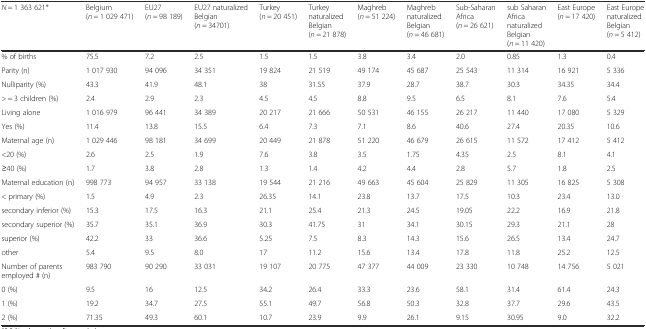
<table><thead><tr><td><b><i>N</i> = 1 363 621*</b></td><td><b>Belgium (<i>n</i> = 1 029 471)</b></td><td><b>EU27 (<i>n</i> = 98 189)</b></td><td><b>EU27 naturalized Belgian (<i>n</i> = 34701)</b></td><td><b>Turkey (<i>n</i> = 20 451)</b></td><td><b>Turkey naturalized Belgian (<i>n</i> = 21 878)</b></td><td><b>Maghreb (<i>n</i> = 51 224)</b></td><td><b>Maghreb naturalized Belgian (<i>n</i> = 46 681)</b></td><td><b>Sub-Saharan Africa (<i>n</i> = 26 621)</b></td><td><b>sub Saharan Africa naturalized Belgian (<i>n</i> = 11 420)</b></td><td><b>East Europe (<i>n</i> = 17 420)</b></td><td><b>East Europe naturalized Belgian (<i>n</i> = 5 412)</b></td></tr></thead><tbody><tr><td>% of births</td><td>75.5</td><td>7.2</td><td>2.5</td><td>1.5</td><td>1.5</td><td>3.8</td><td>3.4</td><td>2.0</td><td>0.85</td><td>1.3</td><td>0.4</td></tr><tr><td>Parity (n)</td><td>1 017 930</td><td>94 096</td><td>34 351</td><td>19 824</td><td>21 519</td><td>49 174</td><td>45 687</td><td>25 543</td><td>11 314</td><td>16 921</td><td>5 336</td></tr><tr><td>Nulliparity (%)</td><td>43.3</td><td>41.9</td><td>48.1</td><td>38</td><td>31.55</td><td>37.9</td><td>28.7</td><td>38.7</td><td>30.3</td><td>34.35</td><td>34.4</td></tr><tr><td>&gt; = 3 children (%)</td><td>2.4</td><td>2.9</td><td>2.3</td><td>4.5</td><td>4.5</td><td>8.8</td><td>9.5</td><td>6.5</td><td>8.1</td><td>7.6</td><td>5.4</td></tr><tr><td>Living alone</td><td>1 016 979</td><td>96 441</td><td>34 389</td><td>20 217</td><td>21 666</td><td>50 531</td><td>46 155</td><td>26 217</td><td>11 440</td><td>17 080</td><td>5 329</td></tr><tr><td>Yes (%)</td><td>11.4</td><td>13.8</td><td>15.5</td><td>6.4</td><td>7.3</td><td>7.1</td><td>8.6</td><td>40.6</td><td>27.4</td><td>20.35</td><td>10.6</td></tr><tr><td>Maternal age (n)</td><td>1 029 446</td><td>98 181</td><td>34 699</td><td>20 449</td><td>21 878</td><td>51 220</td><td>46 679</td><td>26 615</td><td>11 572</td><td>17 412</td><td>5 412</td></tr><tr><td>&lt;20 (%)</td><td>2.6</td><td>2.5</td><td>1.9</td><td>7.6</td><td>3.8</td><td>3.5</td><td>1.75</td><td>4.35</td><td>2.5</td><td>8.1</td><td>4.1</td></tr><tr><td>≥40 (%)</td><td>1.7</td><td>3.8</td><td>2.8</td><td>1.3</td><td>1.4</td><td>4.2</td><td>4.4</td><td>2.8</td><td>5.7</td><td>1.8</td><td>2.5</td></tr><tr><td>Maternal education (n)</td><td>998 773</td><td>94 957</td><td>33 138</td><td>19 544</td><td>21 216</td><td>49 663</td><td>45 604</td><td>25 829</td><td>11 305</td><td>16 825</td><td>5 308</td></tr><tr><td>&lt; primary (%)</td><td>1.5</td><td>4.9</td><td>2.3</td><td>26.35</td><td>14.1</td><td>23.8</td><td>13.7</td><td>17.5</td><td>10.3</td><td>23.4</td><td>13.0</td></tr><tr><td>secondary inferior (%)</td><td>15.3</td><td>17.5</td><td>16.3</td><td>21.1</td><td>25.4</td><td>21.3</td><td>24.5</td><td>19.05</td><td>22.2</td><td>16.9</td><td>21.8</td></tr><tr><td>secondary superior (%)</td><td>35.7</td><td>35.1</td><td>36.9</td><td>30.3</td><td>41.75</td><td>31</td><td>34.1</td><td>30.15</td><td>29.3</td><td>21.1</td><td>28</td></tr><tr><td>superior (%)</td><td>42.2</td><td>33</td><td>36.6</td><td>5.25</td><td>7.5</td><td>8.3</td><td>14.3</td><td>15.6</td><td>26.5</td><td>13.4</td><td>24.7</td></tr><tr><td>other</td><td>5.4</td><td>9.5</td><td>8.0</td><td>17</td><td>11.2</td><td>15.6</td><td>13.4</td><td>17.8</td><td>11.8</td><td>25.2</td><td>12.5</td></tr><tr><td>Number of parents employed # (n)</td><td>983 790</td><td>90 290</td><td>33 031</td><td>19 107</td><td>20 775</td><td>47 377</td><td>44 009</td><td>23 330</td><td>10 748</td><td>14 756</td><td>5 021</td></tr><tr><td>0 (%)</td><td>9.5</td><td>16</td><td>12.5</td><td>34.2</td><td>26.4</td><td>33.3</td><td>23.6</td><td>58.1</td><td>31.4</td><td>61.4</td><td>24.3</td></tr><tr><td>1 (%)</td><td>19.2</td><td>34.7</td><td>27.5</td><td>55.1</td><td>49.7</td><td>56.8</td><td>50.3</td><td>32.8</td><td>37.7</td><td>29.6</td><td>43.5</td></tr><tr><td>2 (%)</td><td>71.35</td><td>49.3</td><td>60.1</td><td>10.7</td><td>23.9</td><td>9.9</td><td>26.1</td><td>9.15</td><td>30.95</td><td>9.0</td><td>32.2</td></tr></tbody></table>